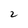
Character: 2